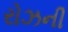
રોઝની